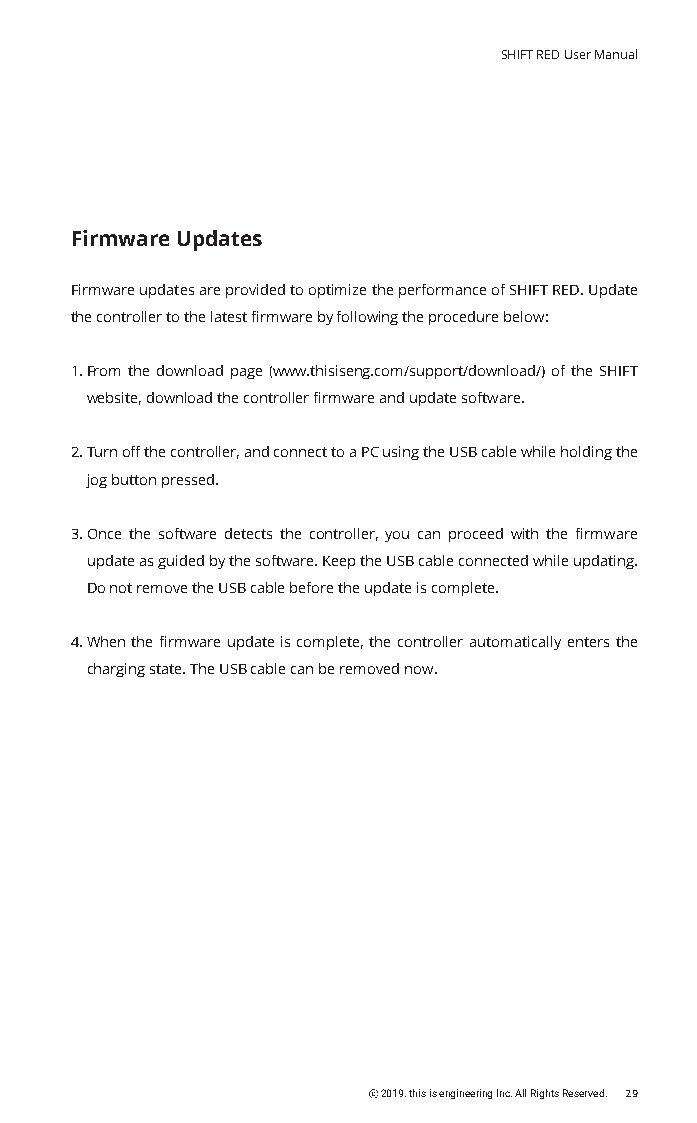
SHIFT RED User Manual
 Firmware Updates
 Firmware updates are provided to optimize the performance of SHIFT RED. Update
 the controller to the latest firmware by following the procedure below:
 1. From the download page (www.thisiseng.com/support/download/) of the SHIFT
 website, download the controller firmware and update software.
 2. Turn off the controller, and connect to a PC using the USB cable while holding the
 jog button pressed.
 3. Once the software detects the controller, you can proceed with the firmware
 update as guided by the software. Keep the USB cable connected while updating.
 Do not remove the USB cable before the update is complete.
 4. When the firmware update is complete, the controller automatically enters the
 charging state. The USB cable can be removed now.
 ⓒ 2019. this is engineering Inc. All Rights Reserved. 29